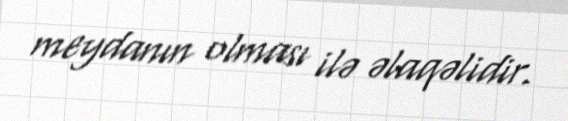
meydanın olması ilə əlaqəlidir.